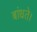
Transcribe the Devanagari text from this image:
बांधते।